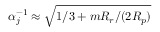
\alpha _ { j } ^ { - 1 } \approx \sqrt { 1 / 3 + m R _ { r } / ( 2 R _ { p } ) }